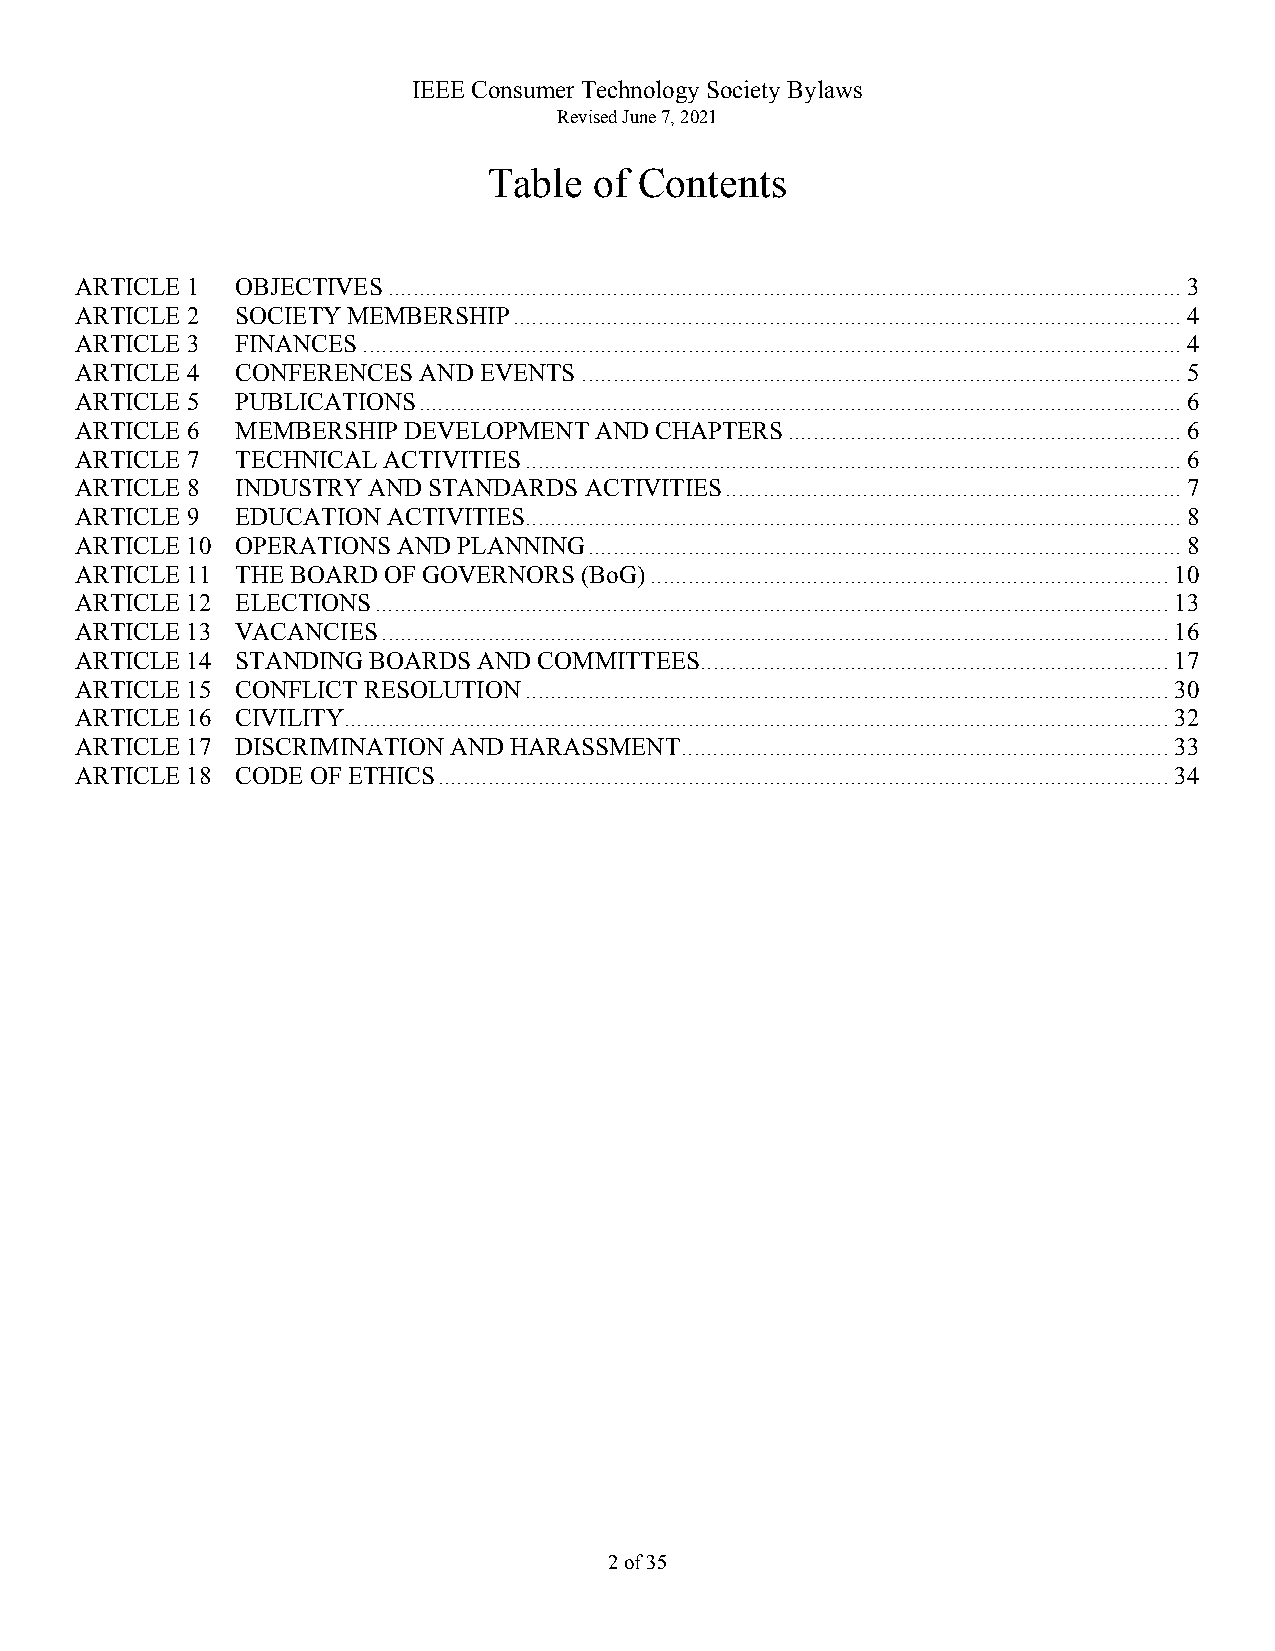
IEEE Consumer Technology Society Bylaws
 Revised June 7, 2021
 Table  of Contents
 ARTICLE 1  OBJECTIVES ............................................................................................................................... 3
 ARTICLE 2  SOCIETY MEMBERSHIP ........................................................................................................... 4
 ARTICLE 3  FINANCES ................................................................................................................................... 4
 ARTICLE 4  CONFERENCES AND EVENTS ................................................................................................ 5
 ARTICLE 5  PUBLICATIONS .......................................................................................................................... 6
 ARTICLE 6  MEMBERSHIP DEVELOPMENT AND CHAPTERS ............................................................... 6
 ARTICLE 7  TECHNICAL ACTIVITIES ......................................................................................................... 6
 ARTICLE 8  INDUSTRY AND STANDARDS ACTIVITIES ......................................................................... 7
 ARTICLE 9  EDUCATION ACTIVITIES ......................................................................................................... 8
 ARTICLE 10 OPERATIONS AND PLANNING ............................................................................................... 8
 ARTICLE 11 THE BOARD OF GOVERNORS (BoG) ................................................................................... 10
 ARTICLE 12 ELECTIONS ............................................................................................................................... 13
 ARTICLE 13 VACANCIES .............................................................................................................................. 16
 ARTICLE 14 STANDING BOARDS AND COMMITTEES ........................................................................... 17
 ARTICLE 15 CONFLICT RESOLUTION ....................................................................................................... 30
 ARTICLE 16 CIVILITY .................................................................................................................................... 32
 ARTICLE 17 DISCRIMINATION AND HARASSMENT .............................................................................. 33
 ARTICLE 18 CODE OF ETHICS ..................................................................................................................... 34
 2 of 35